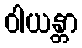
ဝါယန္တာ